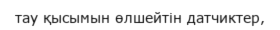
тау қысымын өлшейтін датчиктер,